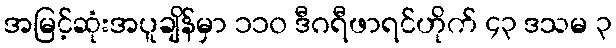
အမြင့်ဆုံးအပူချိန်မှာ ၁၁၀ ဒီဂရီဖာရင်ဟိုက် ၄၃ ဒသမ ၃